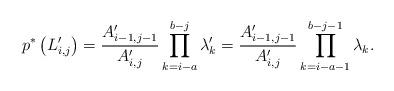
LaTeX: \begin{align*}p^*\left(L'_{i,j}\right)=\frac{A'_{i-1,j-1}}{A'_{i,j}}\prod_{k=i-a}^{b-j}\lambda'_k=\frac{A'_{i-1,j-1}}{A'_{i,j}}\prod_{k=i-a-1}^{b-j-1}\lambda_k.\end{align*}